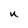
Character: U